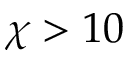
\chi > 1 0